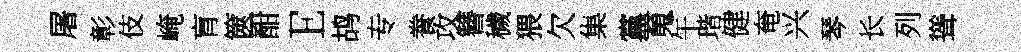
屠彰伎崦肓篋酣E鸪专飬攻簪穢猥欠集黨䰟午瑎健奄兴琴长列聳